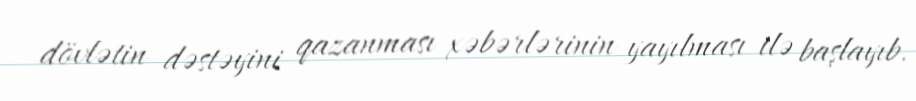
dövlətin dəstəyini qazanması xəbərlərinin yayılması ilə başlayıb.